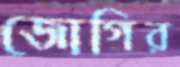
জোগির